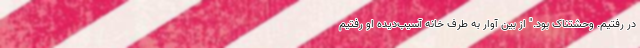
در رفتیم. وحشتناک بود." از بین آوار به طرف خانه آسیب‌دیده او رفتیم